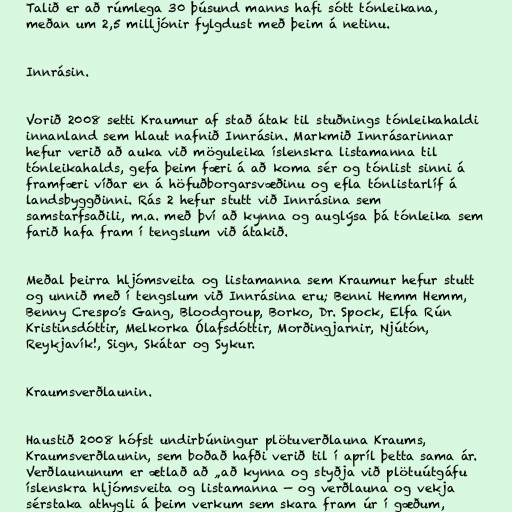
Talið er að rúmlega 30 þúsund manns hafi sótt tónleikana,
meðan um 2,5 milljónir fylgdust með þeim á netinu.

Innrásin.

Vorið 2008 setti Kraumur af stað átak til stuðnings tónleikahaldi
innanland sem hlaut nafnið Innrásin. Markmið Innrásarinnar
hefur verið að auka við möguleika íslenskra listamanna til
tónleikahalds, gefa þeim færi á að koma sér og tónlist sinni á
framfæri víðar en á höfuðborgarsvæðinu og efla tónlistarlíf á
landsbyggðinni. Rás 2 hefur stutt við Innrásina sem
samstarfsaðili, m.a. með því að kynna og auglýsa þá tónleika sem
farið hafa fram í tengslum við átakið.

Meðal þeirra hljómsveita og listamanna sem Kraumur hefur stutt
og unnið með í tengslum við Innrásina eru; Benni Hemm Hemm,
Benny Crespo’s Gang, Bloodgroup, Borko, Dr. Spock, Elfa Rún
Kristinsdóttir, Melkorka Ólafsdóttir, Morðingjarnir, Njútón,
Reykjavík!, Sign, Skátar og Sykur.

Kraumsverðlaunin.

Haustið 2008 hófst undirbúningur plötuverðlauna Kraums,
Kraumsverðlaunin, sem boðað hafði verið til í apríl þetta sama ár.
Verðlaununum er ætlað að „að kynna og styðja við plötuútgáfu
íslenskra hljómsveita og listamanna — og verðlauna og vekja
sérstaka athygli á þeim verkum sem skara fram úr í gæðum,